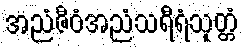
အညံဇီဝံအညံသရီရံသုတ္တံ